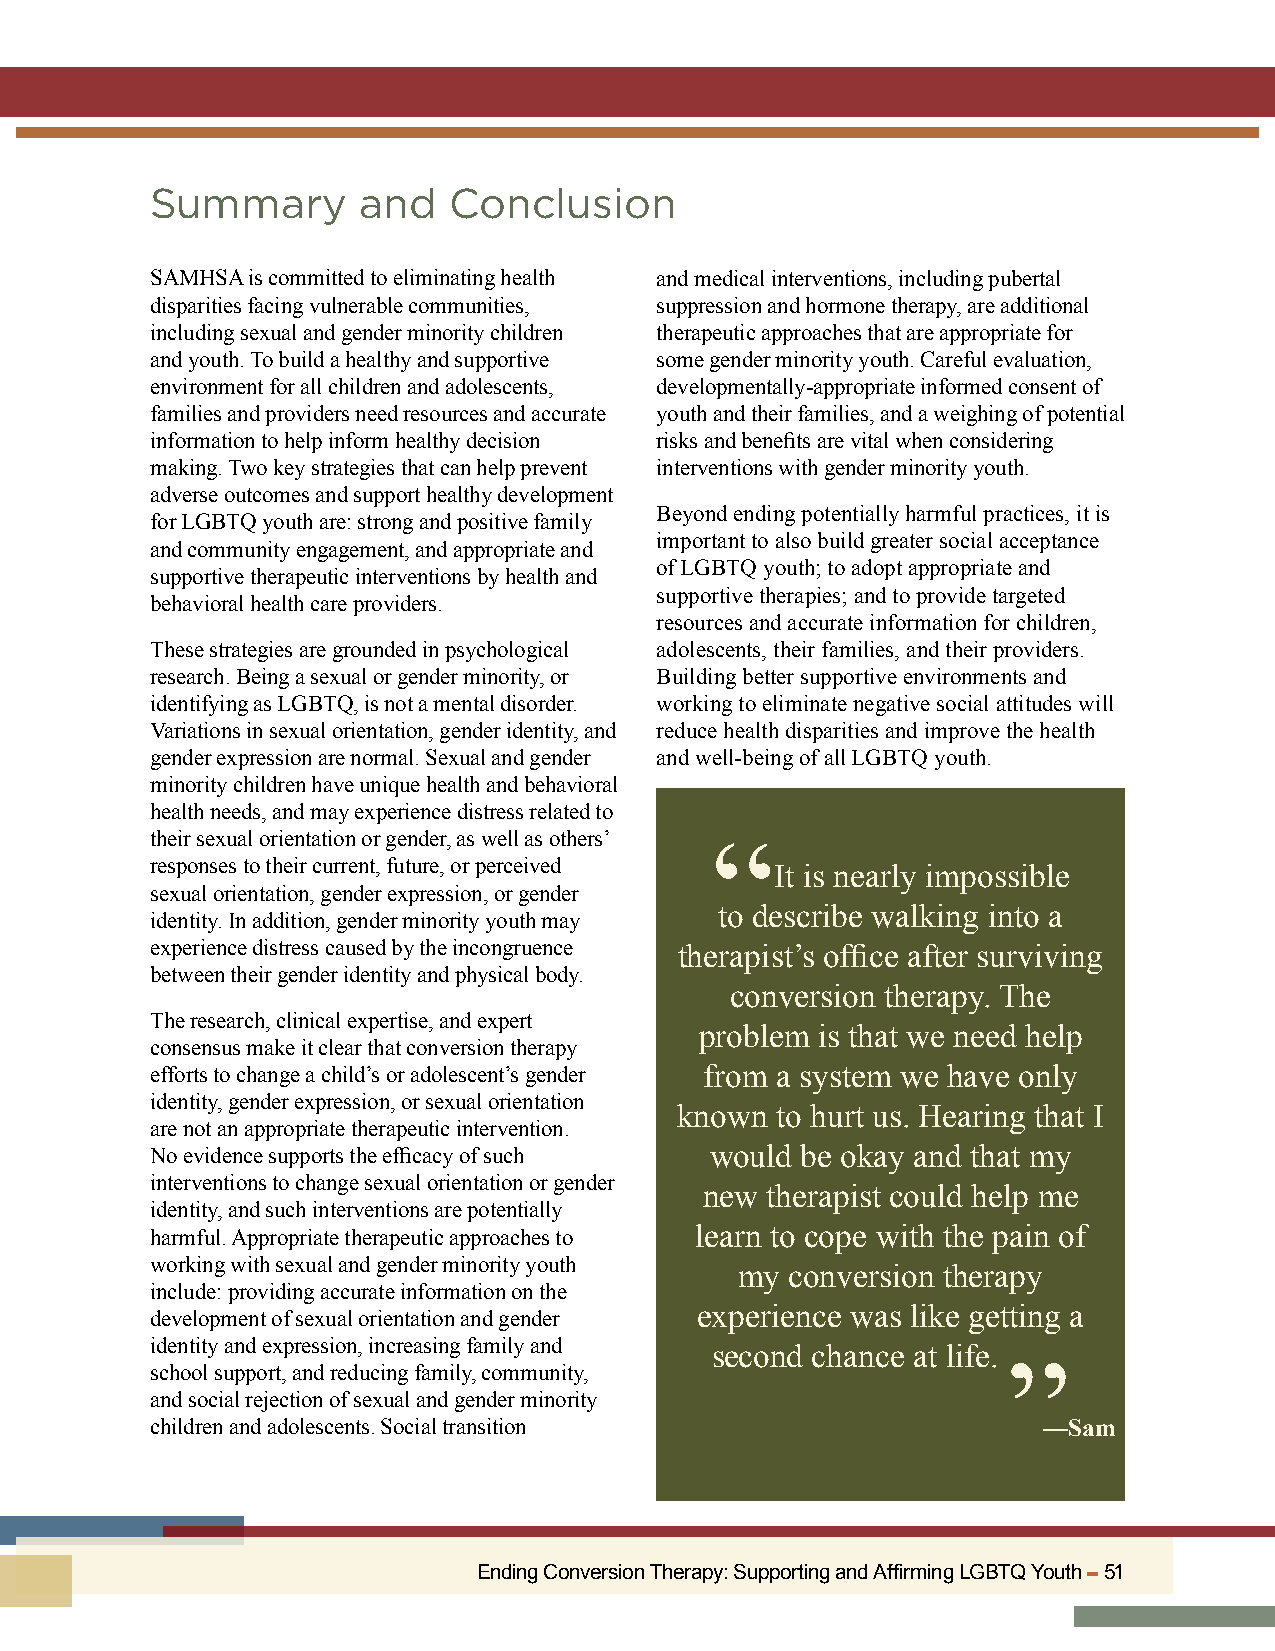
Summary       and   Conclusion
 SAMHSA is committed to eliminating health and medical interventions, including pubertal
 disparities facing vulnerable communities, suppression and hormone therapy, are additional
 including sexual and gender minority children therapeutic approaches that are appropriate for
 and youth. To build a healthy and supportive some gender minority youth. Careful evaluation,
 environment for all children and adolescents, developmentally-appropriate informed consent of
 families and providers need resources and accurate youth and their families, and a weighing of potential
 information to help inform healthy decision risks and benefits are vital when considering
 making. Two key strategies that can help prevent interventions with gender minority youth.
 adverse outcomes and support healthy development
 Beyond ending potentially harmful practices, it is
 for LGBTQ youth are: strong and positive family
 important to also build greater social acceptance
 and community engagement, and appropriate and
 of LGBTQ youth; to adopt appropriate and
 supportive therapeutic interventions by health and
 supportive therapies; and to provide targeted
 behavioral health care providers.
 resources and accurate information for children,
 These strategies are grounded in psychological adolescents, their families, and their providers.
 research. Being a sexual or gender minority, or Building better supportive environments and
 identifying as LGBTQ, is not a mental disorder. working to eliminate negative social attitudes will
 Variations in sexual orientation, gender identity, and reduce health disparities and improve the health
 gender expression are normal. Sexual and gender and well-being of all LGBTQ youth.
 minority children have unique health and behavioral
 health needs, and may experience distress related to
 their sexual orientation or gender, as well as others’
 “
 responses to their current, future, or perceived
 It is nearly impossible
 sexual orientation, gender expression, or gender
 to describe walking into a
 identity. In addition, gender minority youth may
 experience distress caused by the incongruence therapist’s office after surviving
 between their gender identity and physical body.
 conversion therapy. The
 The research, clinical expertise, and expert
 problem is that we need help
 consensus make it clear that conversion therapy
 efforts to change a child’s or adolescent’s gender from a system we have only
 identity, gender expression, or sexual orientation
 known to hurt us. Hearing that I
 are not an appropriate therapeutic intervention.
 No evidence supports the efficacy of such would be okay and that my
 interventions to change sexual orientation or gender
 new therapist could help me
 identity, and such interventions are potentially
 harmful. Appropriate therapeutic approaches to learn to cope with the pain of
 working with sexual and gender minority youth
 my conversion therapy
 include: providing accurate information on the
 development of sexual orientation and gender experience was like getting a
 identity and expression, increasing family and
 second chance at life.
 school support, and reducing family, community,          ”
 and social rejection of sexual and gender minority
 children and adolescents. Social transition                —Sam
 Ending Conversion Therapy: Supporting and Affirming LGBTQ Youth ▬ 51